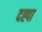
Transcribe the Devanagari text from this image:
दह्पा